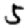
Digit: 5